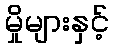
မှိုများနှင့်